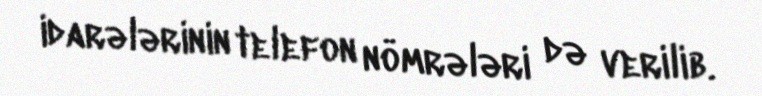
idarələrinin telefon nömrələri də verilib.